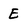
Character: E